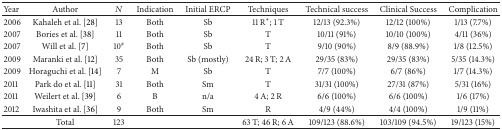
<table><thead><tr><td><b>Year</b></td><td><b>Author</b></td><td><b><i>N</i></b></td><td><b>Indication</b></td><td><b>Initial ERCP</b></td><td><b>Techniques</b></td><td><b>Technical success</b></td><td><b>Clinical Success</b></td><td><b>Complication</b></td></tr></thead><tbody><tr><td>2006</td><td>Kahaleh et al. [28]</td><td>13</td><td>Both</td><td>Sb</td><td>11 R*; 1 T </td><td>12/13 (92.3%)</td><td>12/12 (100%)</td><td>1/13 (7.7%)</td></tr><tr><td>2007</td><td>Bories et al. [38]</td><td>11</td><td>Both</td><td>Sb</td><td>T</td><td>10/11 (91%)</td><td>10/10 (100%)</td><td>4/11 (36%) </td></tr><tr><td>2007</td><td>Will et al. [7]</td><td>10<sup>#</sup></td><td>Both</td><td>Sb</td><td>T</td><td>9/10 (90%)</td><td>8/9 (88.9%)</td><td>1/8 (12.5%)</td></tr><tr><td>2009</td><td>Maranki et al. [12]</td><td>35</td><td>Both</td><td>Sb (mostly)</td><td>24 R; 3 T; 2 A</td><td>29/35 (83%)</td><td>29/35 (83%)</td><td>5/35 (14.3%) </td></tr><tr><td>2009</td><td>Horaguchi et al. [14]</td><td>7</td><td>M</td><td>Sb</td><td>T</td><td>7/7 (100%)</td><td>6/7 (86%)</td><td>1/7 (14.3%) </td></tr><tr><td>2011</td><td>Park do et al. [11]</td><td>31</td><td>Both</td><td>Sm</td><td>T</td><td>31/31 (100%)</td><td>27/31 (87%)</td><td>5/31 (16%)</td></tr><tr><td>2011</td><td>Weilert et al. [39] </td><td>6</td><td>B</td><td>n/a</td><td>4 A; 2 R</td><td>6/6 (100%)</td><td>6/6 (100%)</td><td>1/6 (17%)</td></tr><tr><td>2012</td><td>Iwashita et al. [36] </td><td>9</td><td>Both</td><td>Sm</td><td>R</td><td>4/9 (44%)</td><td>4/4 (100%)</td><td>1/9 (11%)</td></tr><tr><td> </td><td>Total</td><td>123</td><td> </td><td> </td><td>63 T; 46 R; 6 A</td><td>109/123 (88.6%)</td><td>103/109 (94.5%)</td><td>19/123 (15%)</td></tr></tbody></table>